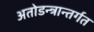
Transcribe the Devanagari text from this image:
अतोडन्त्रान्तर्गत